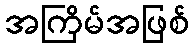
အကြိမ်အဖြစ်